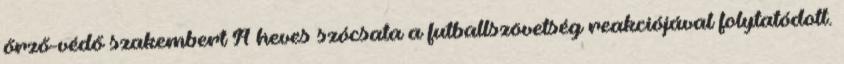
őrző-védő szakembert A heves szócsata a futballszövetség reakciójával folytatódott.